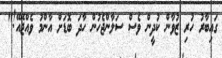
ގައިބާރު ހުރި ޒުވާން ކުދީން ވެސް ސަލާންޖެހުން ހާދަ ބޮޑަށް އާންމު ވެއްޖޭއޭ!"